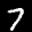
Label: 7